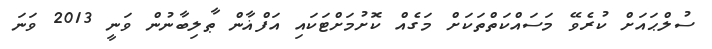
ސުލްޙައަށް ކުރެވޭ މަސައްކަތްތަކަށް މަގެއް ކޮށުމަށްޓަކައި އަފްޣާން ޠާލިބާނުން ވަނީ 2013 ވަނަ